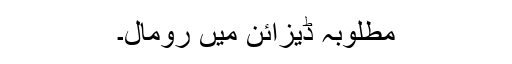
مطلوبہ ڈیزائن میں رومال۔